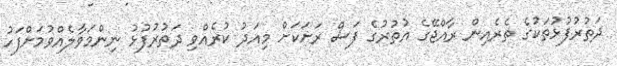
ދަތުރުފުޅުތަކުގެ ތެރެއިން ރާއްޖޭގެ އުތުރުގެ ފަސް ރަށަކަށް މިއަދު ކުރެއްވި ދަތުރުފުޅު ނިންމަވާލެއްވުމަށްފަހު